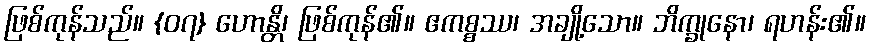
ဖြစ်ကုန်သည်။ {၀၇} ဟောန္တိ၊ ဖြစ်ကုန်၏။ ဧကစ္စဿ၊ အချို့သော။ ဘိက္ခုနော၊ ရဟန်း၏။